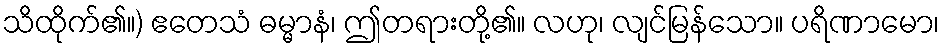
သိထိုက်၏။) ဧတေသံ ဓမ္မာနံ၊ ဤတရားတို့၏။ လဟု၊ လျင်မြန်သော။ ပရိဏာမော၊